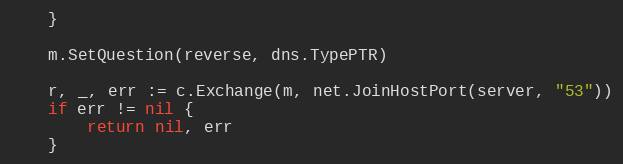
Language: Go
	}

	m.SetQuestion(reverse, dns.TypePTR)

	r, _, err := c.Exchange(m, net.JoinHostPort(server, "53"))
	if err != nil {
		return nil, err
	}